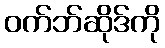
ဝက်ဘ်ဆိုဒ်ကို